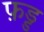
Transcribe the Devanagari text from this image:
फ़ड्ड